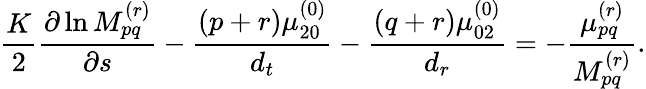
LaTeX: \frac{K}{2}\frac{\partial\ln M_{pq}^{(r)}}{\partial s}-\frac{(p+r)\mu_{20}^{(0)}}{{d_{t}}}-\frac{(q+r)\mu_{02}^{(0)}}{{d_{r}}}=-\frac{\mu_{pq}^{(r)}}{M_{pq}^{(r)}}.